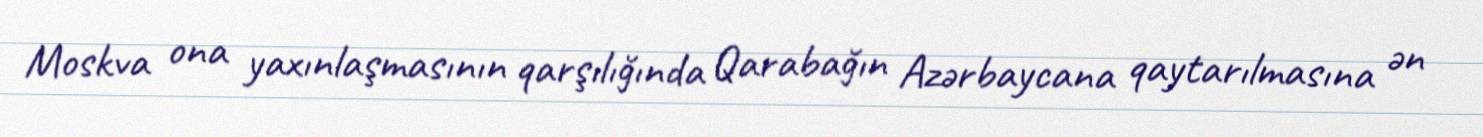
Moskva ona yaxınlaşmasının qarşılığında Qarabağın Azərbaycana qaytarılmasına ən